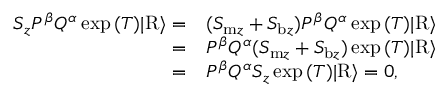
\begin{array} { r l } { S _ { z } P ^ { \beta } Q ^ { \alpha } \exp { ( T ) } \vert \mathrm { R } \rangle = } & { ( S _ { \mathrm { m } z } + S _ { \mathrm { b } z } ) P ^ { \beta } Q ^ { \alpha } \exp { ( T ) } \vert \mathrm { R } \rangle } \\ { = } & { P ^ { \beta } Q ^ { \alpha } ( S _ { \mathrm { m } z } + S _ { \mathrm { b } z } ) \exp { ( T ) } \vert \mathrm { R } \rangle } \\ { = } & { P ^ { \beta } Q ^ { \alpha } S _ { z } \exp { ( T ) } \vert \mathrm { R } \rangle = 0 , } \end{array}